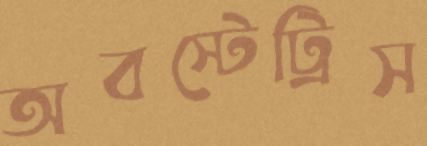
অবস্টেট্রিস